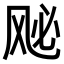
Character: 𫠈